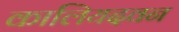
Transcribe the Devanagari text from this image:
कालियदवन